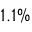
1 . 1 \%